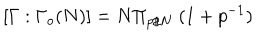
[ \Gamma : \Gamma _ { o } ( N ) ] = N \Pi _ { p / N } \; ( 1 + p ^ { - 1 } )